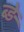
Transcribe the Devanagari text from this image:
ब्ड़े